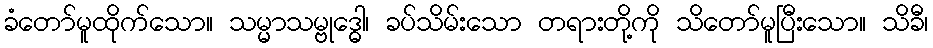
ခံတော်မူထိုက်သော။ သမ္မာသမ္ဗုဒ္ဓေါ၊ ခပ်သိမ်းသော တရားတို့ကို သိတော်မူပြီးသော။ သိခီ၊